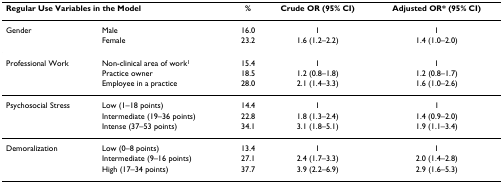
| <COLSPAN=2> Regular Use Variables in the Model | % | Crude OR (95% CI) | Adjusted OR* (95% CI) |
 | --- | --- | --- | --- | --- |
 | Gender | Male | 16.0 | 1 | 1 |
 |  | Female | 23.2 | 1.6 (1.2–2.2) | 1.4 (1.0–2.0) |
 | Professional Work | Non-clinical area of work1 | 15.4 | 1 | 1 |
 |  | Practice owner | 18.5 | 1.2 (0.8–1.8) | 1.2 (0.8–1.7) |
 |  | Employee in a practice | 28.0 | 2.1 (1.4–3.3) | 1.6 (1.0–2.6) |
 | Psychosocial Stress | Low (1–18 points) | 14.4 | 1 | 1 |
 |  | Intermediate (19–36 points) | 22.8 | 1.8 (1.3–2.4) | 1.4 (0.9–2.0) |
 |  | Intense (37–53 points) | 34.1 | 3.1 (1.8–5.1) | 1.9 (1.1–3.4) |
 | Demoralization | Low (0–8 points) | 13.4 | 1 | 1 |
 |  | Intermediate (9–16 points) | 27.1 | 2.4 (1.7–3.3) | 2.0 (1.4–2.8) |
 |  | High (17–34 points) | 37.7 | 3.9 (2.2–6.9) | 2.9 (1.6–5.3) |